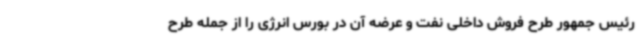
رئیس جمهور طرح فروش داخلی نفت و عرضه آن در بورس انرژی را از جمله طرح